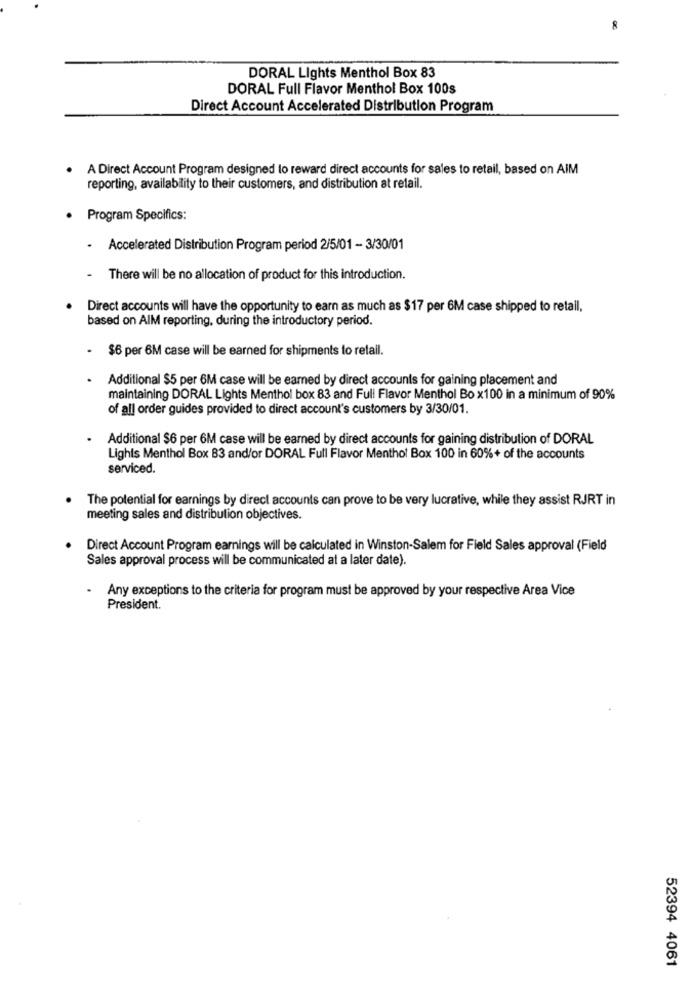
DORAL Lights Menthol Box 83
DORAL Full Flavor Menthol Box 100s
Direct Account Accelerated Distribution Program
A Direct Account Program designed lo reward direct accounts for sales to retail, based on AIM
reporting, availability to their customers, and distribution at retail.
Program Specifics:
- Accelerated Distribution Program period 2/5/01 - 3/30/01
- There will be no allocation of product for this introduction.
Direct accounts will have the opportunity to earn as much as $17 per 6M case shipped to retail,
based on AlM reporting, during the introductory period.
- $6 per 6M case will be earned for shipments to retail.
Additional $5 per 6M case will be earned by direct accounts for gaining placement and
maintaining DORAL Lights Menthol box 83 and Full Flavor Menthol Bo x100 in a minimum of 90%
of all order guides provided to direct account's customers by 3/30/01.
Additional $6 per 6M case will be earned by direct accounts for gaining distribution of DORAL
Lights Menthol Box 83 and/or DORAL Full Flavor Menthol Box 100 in 60%+ of the accounts
serviced.
The potential for earnings by direct accounts can prove to be very lucrative, while they assist RJRT in
meeting sales and distribution objectives.
Direct Account Program earnings will be calculated in Winston-Salem for Field Sales approval (Field
Sales approval process will be communicated at a later date).
Any exceptions to the criteria for program must be approved by your respective Area Vice
President.
52394 4061